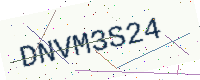
Text: DNVM3S24